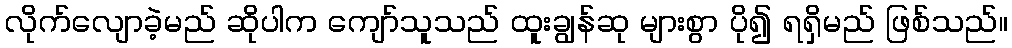
လိုက်လျောခဲ့မည် ဆိုပါက ကျော်သူသည် ထူးချွန်ဆု များစွာ ပို၍ ရရှိမည် ဖြစ်သည်။